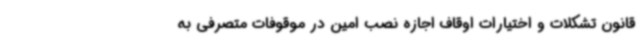
قانون تشکلات و اختیارات اوقاف اجازه نصب امین در موقوفات متصرفی به